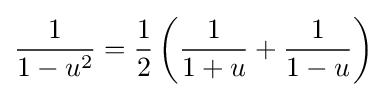
{\frac {1}{1-u^{2}}}={\frac {1}{2}}\left({\frac {1}{1+u}}+{\frac {1}{1-u}}\right)